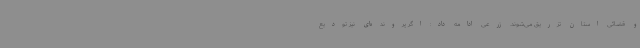
و قضائی استان تزریق می‌شوند. زرعی ادامه داد: اگر پرونده‌ای نیز تودیع